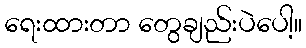
ရေးထားတာ တွေချည်းပဲပေါ့။